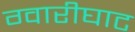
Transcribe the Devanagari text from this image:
ग्वारीघाट